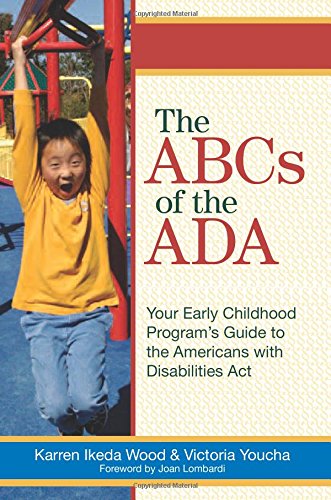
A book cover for The ABCs of the ADA: Your Early Childhood Program's Guide to the Americans with Disabilities ActYour Early Childhood Programs' Guide to the Americans with Disabilities Act; Karren Wood Ed.D.; Health, Fitness & Dieting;